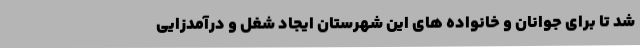
شد تا برای جوانان و خانواده های این شهرستان ایجاد شغل و درآمدزایی